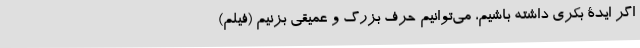
اگر ایدۀ بکری داشته باشیم، می‌توانیم حرف بزرگ و عمیقی بزنیم (فیلم)